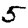
Digit: 5